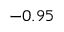
- 0 . 9 5